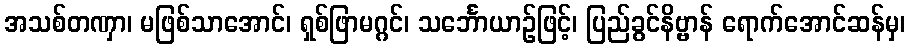
အသစ်တဏှာ၊ မဖြစ်သာအောင်၊ ရှစ်ဖြာမဂ္ဂင်၊ သင်္ဘောယာဉ်ဖြင့်၊ ပြည်ခွင်နိဗ္ဗာန် ရောက်အောင်ဆန်မှ၊